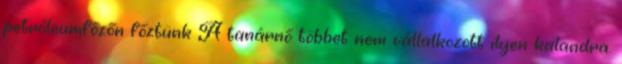
petróleumfőzőn főztünk A tanárnő többet nem vállalkozott ilyen kalandra.